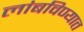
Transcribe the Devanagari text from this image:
लांबविण्यात